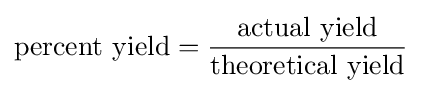
{\mbox{percent yield}}={\frac {\mbox{actual yield}}{\mbox{theoretical yield}}}